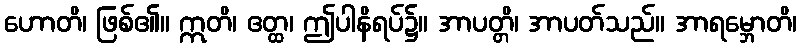
ဟောတိ၊ ဖြစ်၏။ ဣတိ၊ ဧတ္ထ၊ ဤပါနိရပ်၌။ အာပတ္တိ၊ အာပတ်သည်။ အာရမ္ဘောတိ၊